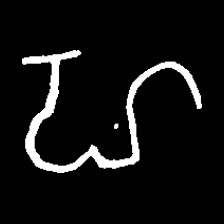
Pyu character \u2014 Myanmar letter: ဟ (romanized: ha)